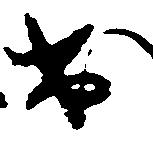
出